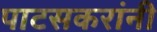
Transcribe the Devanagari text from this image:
पाटसकरांनी